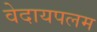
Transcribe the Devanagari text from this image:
वेदायपलम